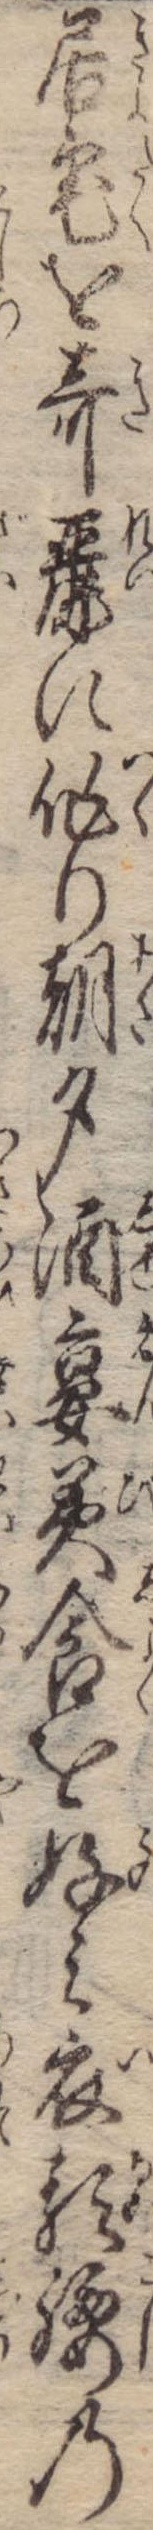
居宅を奇麗に作り朝夕酒宴美食を好み衣類腰の